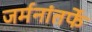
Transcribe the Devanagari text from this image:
जर्मनांतर्फे